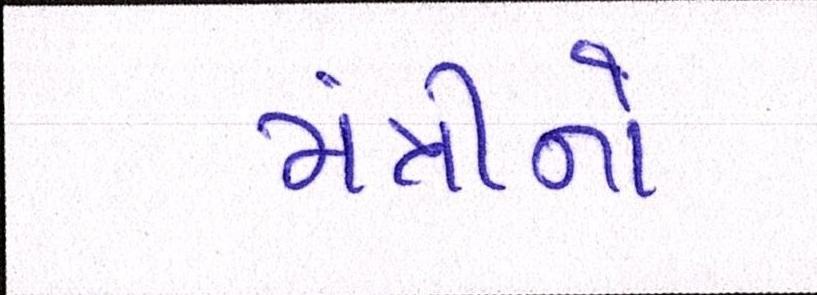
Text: મંત્રીનો